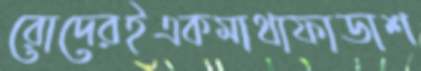
রোদেরইএকমাথাফাডাশ